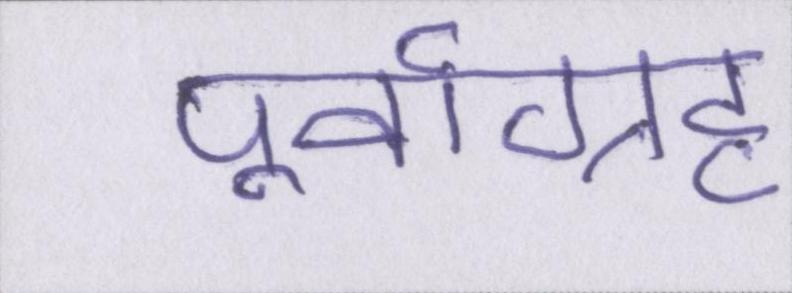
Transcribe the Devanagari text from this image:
पूर्वाग्रह